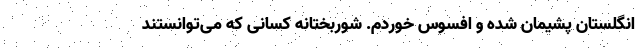
انگلستان پشیمان شده و افسوس خوردم. شوربختانه کسانی که می‌توانستند